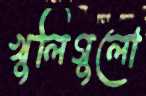
খুলিগুলো